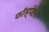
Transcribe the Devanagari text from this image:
फॉस्पेटचे